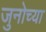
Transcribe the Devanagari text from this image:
जुनोच्या